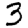
Digit: 3